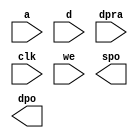
module Video_Memory(
  a,
  d,
  dpra,
  clk,
  we,
  spo,
  dpo
);

input [11 : 0] a;
input [15 : 0] d;
input [11 : 0] dpra;
input clk;
input we;
output [15 : 0] spo;
output [15 : 0] dpo;

// synthesis translate_off

  DIST_MEM_GEN_V7_2 #(
    .C_ADDR_WIDTH(12),
    .C_DEFAULT_DATA("0"),
    .C_DEPTH(2400),
    .C_FAMILY("spartan6"),
    .C_HAS_CLK(1),
    .C_HAS_D(1),
    .C_HAS_DPO(1),
    .C_HAS_DPRA(1),
    .C_HAS_I_CE(0),
    .C_HAS_QDPO(0),
    .C_HAS_QDPO_CE(0),
    .C_HAS_QDPO_CLK(0),
    .C_HAS_QDPO_RST(0),
    .C_HAS_QDPO_SRST(0),
    .C_HAS_QSPO(0),
    .C_HAS_QSPO_CE(0),
    .C_HAS_QSPO_RST(0),
    .C_HAS_QSPO_SRST(0),
    .C_HAS_SPO(1),
    .C_HAS_SPRA(0),
    .C_HAS_WE(1),
    .C_MEM_INIT_FILE("Video_Memory.mif"),
    .C_MEM_TYPE(2),
    .C_PARSER_TYPE(1),
    .C_PIPELINE_STAGES(0),
    .C_QCE_JOINED(0),
    .C_QUALIFY_WE(0),
    .C_READ_MIF(1),
    .C_REG_A_D_INPUTS(0),
    .C_REG_DPRA_INPUT(0),
    .C_SYNC_ENABLE(1),
    .C_WIDTH(16)
  )
  inst (
    .A(a),
    .D(d),
    .DPRA(dpra),
    .CLK(clk),
    .WE(we),
    .SPO(spo),
    .DPO(dpo),
    .SPRA(),
    .I_CE(),
    .QSPO_CE(),
    .QDPO_CE(),
    .QDPO_CLK(),
    .QSPO_RST(),
    .QDPO_RST(),
    .QSPO_SRST(),
    .QDPO_SRST(),
    .QSPO(),
    .QDPO()
  );

// synthesis translate_on

endmodule